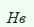
Нв